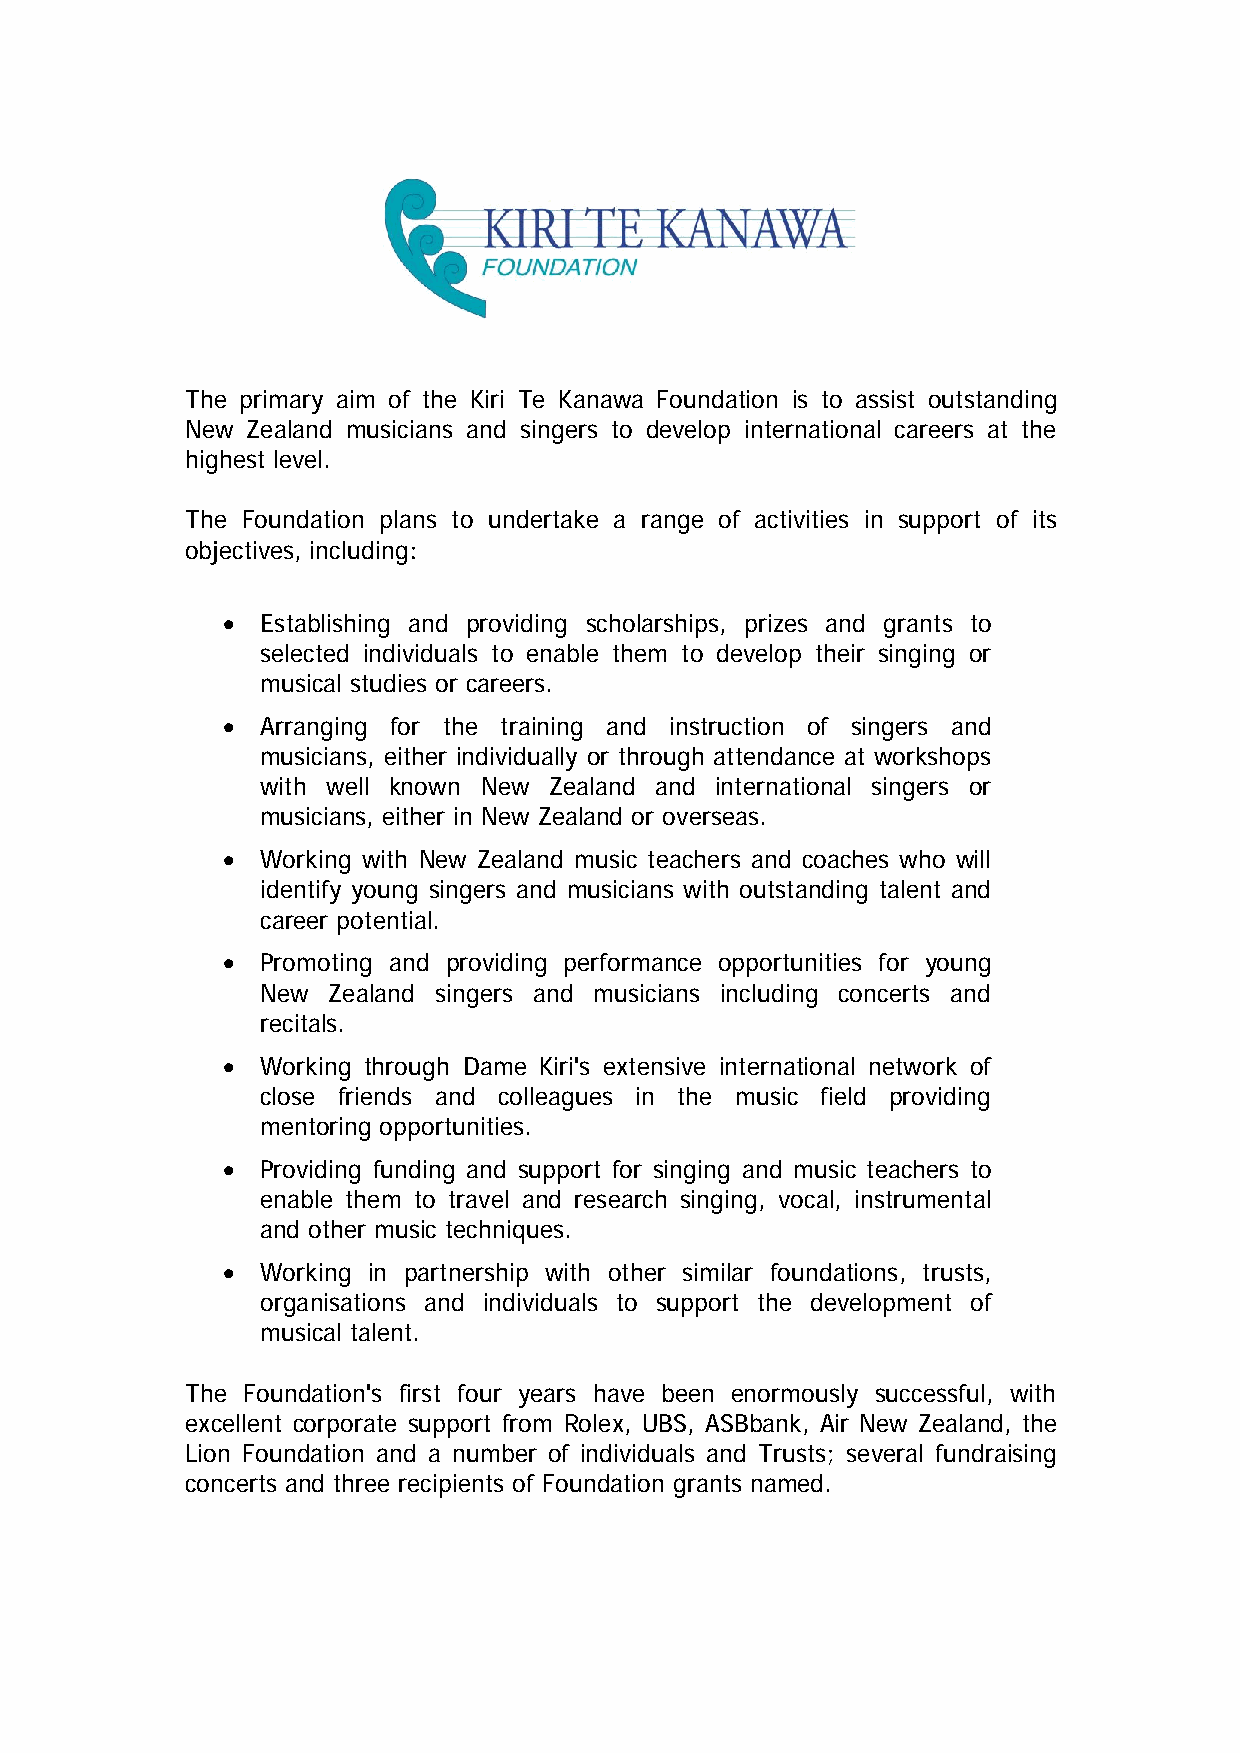
The primary aim of the Kiri Te Kanawa Foundation is to assist outstanding
 New Zealand musicians and singers to develop international careers at the
 highest level.
 The Foundation plans to undertake a range of activities in support of its
 objectives, including:
 • Establishing and providing scholarships, prizes and grants to
 selected individuals to enable them to develop their singing or
 musical studies or careers.
 • Arranging for the training and instruction of singers and
 musicians, either individually or through attendance at workshops
 with well known New Zealand and international singers or
 musicians, either in New Zealand or overseas.
 • Working with New Zealand music teachers and coaches who will
 identify young singers and musicians with outstanding talent and
 career potential.
 • Promoting and providing performance opportunities for young
 New Zealand singers and musicians including concerts and
 recitals.
 • Working through Dame Kiri's extensive international network of
 close friends and colleagues in the music field providing
 mentoring opportunities.
 • Providing funding and support for singing and music teachers to
 enable them to travel and research singing, vocal, instrumental
 and other music techniques.
 • Working in partnership with other similar foundations, trusts,
 organisations and individuals to support the development of
 musical talent.
 The Foundation's first four years have been enormously successful, with
 excellent corporate support from Rolex, UBS, ASBbank, Air New Zealand, the
 Lion Foundation and a number of individuals and Trusts; several fundraising
 concerts and three recipients of Foundation grants named.